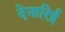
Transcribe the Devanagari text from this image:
देनारिई